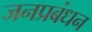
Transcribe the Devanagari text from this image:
जनप्रबंधन